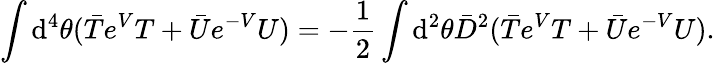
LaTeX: \int\mathrm{d}^{4}\theta(\bar{{T}}e^{V}T+\bar{{U}}e^{-V}U)=-\frac{{1}}{{2}}\int\mathrm{d}^{2}\theta\bar{{D}}^{2}(\bar{{T}}e^{V}T+\bar{{U}}e^{-V}U).